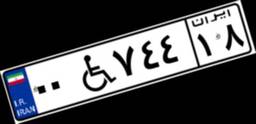
۰۰W۷۴۴۱۸